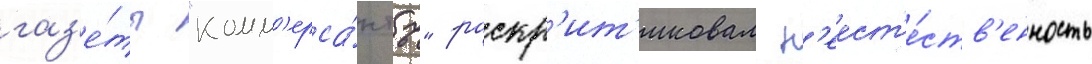
газ'е́ты "комм'ерса́нтъ" раскр'ит'иковал н'еест'е́ств'енность